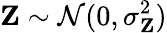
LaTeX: \mathbf{Z}\sim\mathcal{N}(0,\sigma_{\mathbf{Z}}^{2})